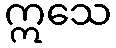
ဣသေ